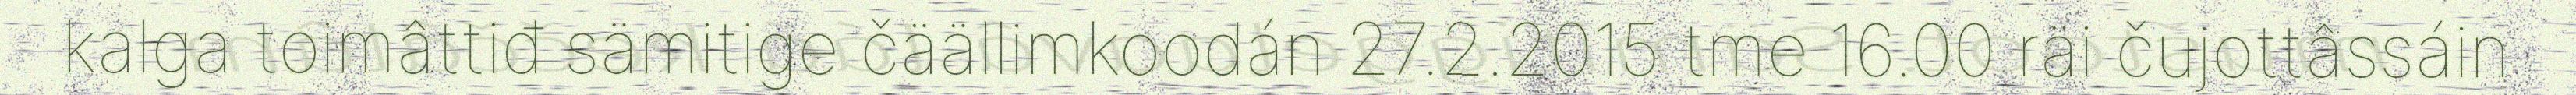
kalga toimâttiđ sämitige čäällimkoodán 27.2.2015 tme 16.00 räi čujottâssáin